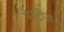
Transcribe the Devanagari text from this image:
पेस्ट्रीस